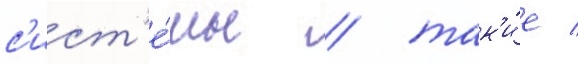
с'ист'е́мы / так'и́е /